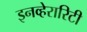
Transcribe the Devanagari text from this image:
इनव्हेरारिटी